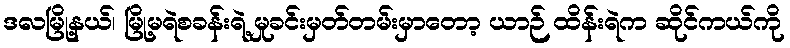
ဒလမြို့နယ်၊ မြို့မရဲစခန်းရဲ့ မှုခင်းမှတ်တမ်းမှာတော့ ယာဉ် ထိန်းရဲက ဆိုင်ကယ်ကို